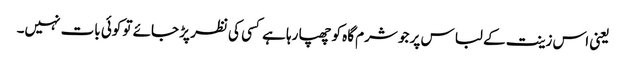
یعنی اس زینت کے لباس پر جو شرم گاہ کو چھپا رہا ہے کسی کی نظر پڑ جائے تو کوئی بات نہیں۔